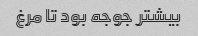
بیشتر جوجه بود تا مرغ